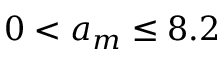
0 < a _ { m } \le 8 . 2